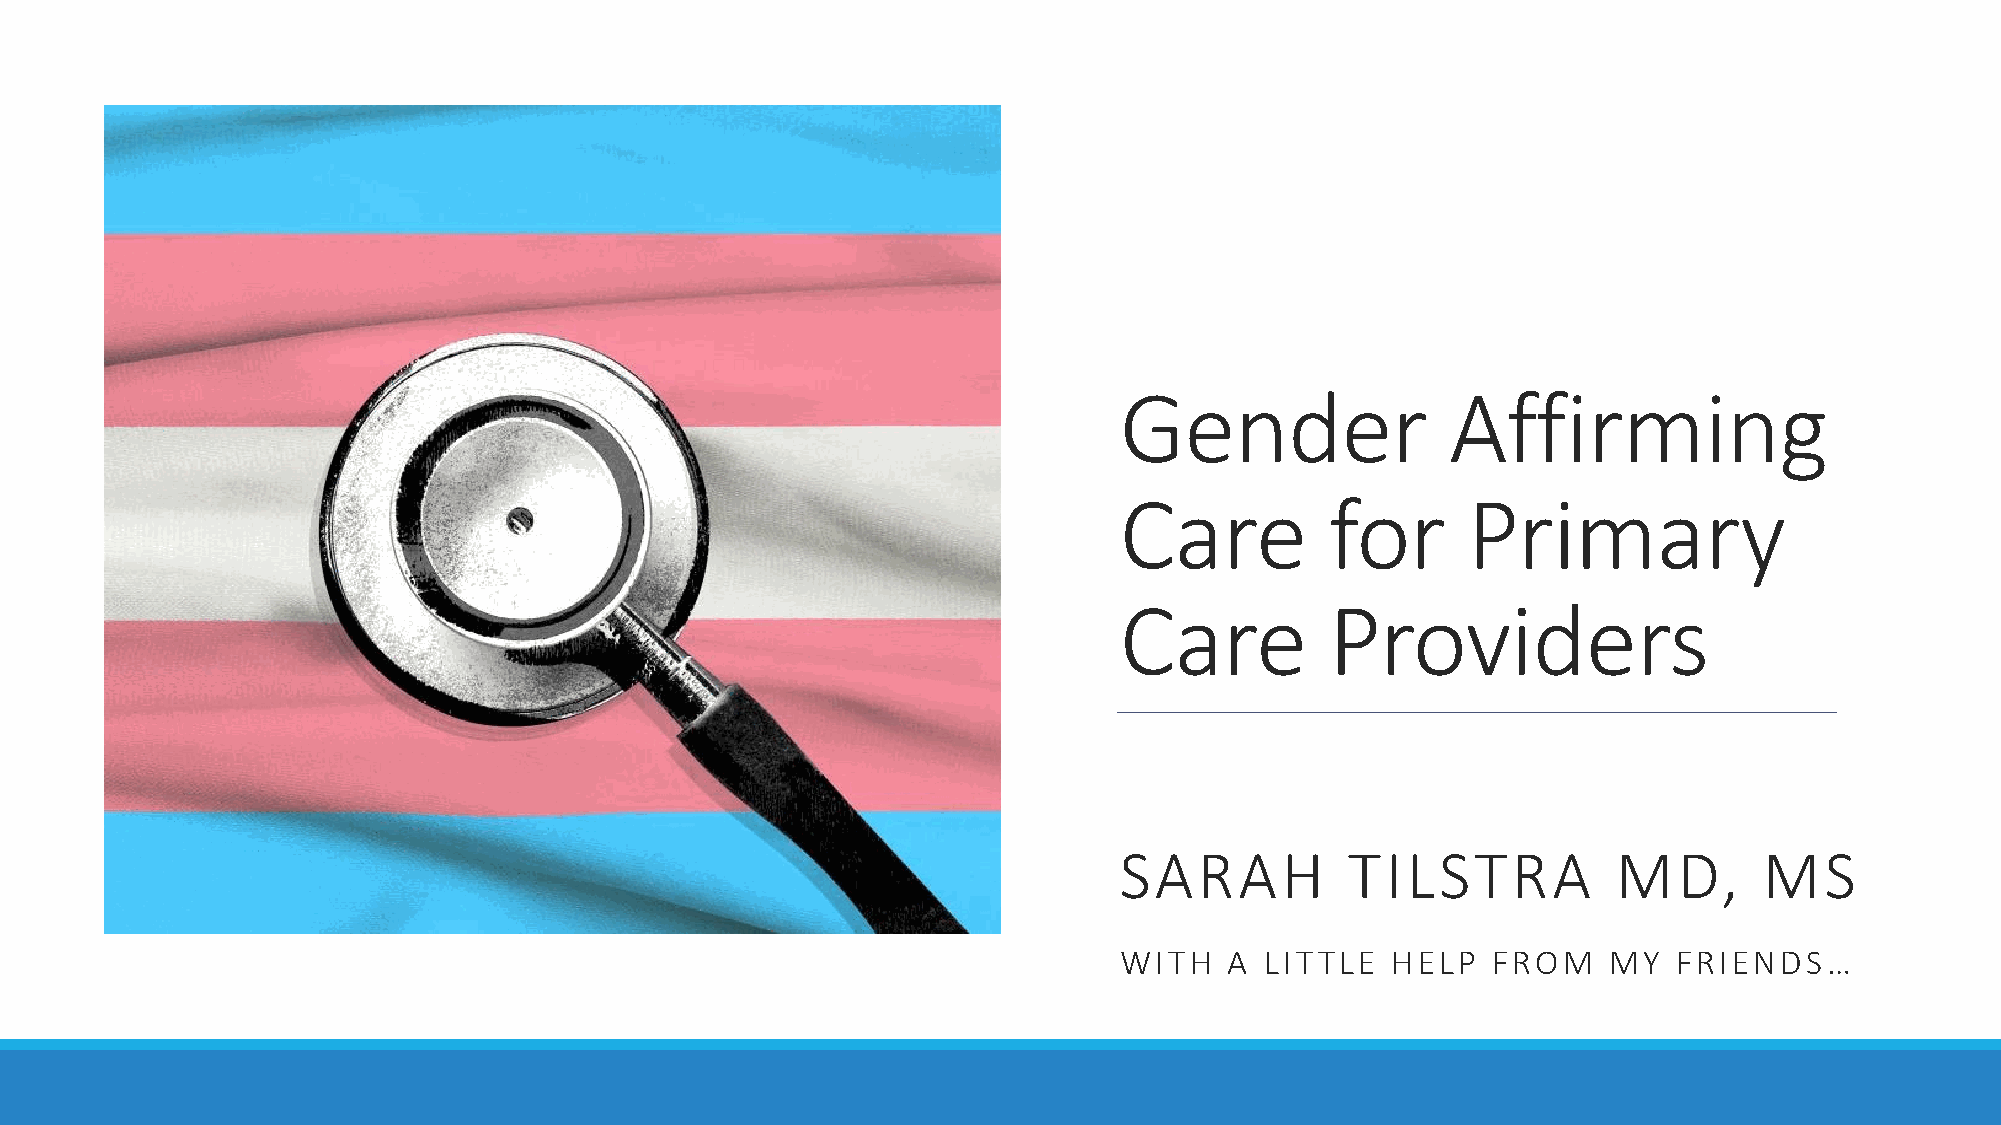
Gender                Affirming
 Care          for      Primary
 Care          Providers
 SARAH          TILSTRA           MD,       MS
 WITH   A  LITTLE  HELP   FROM   MY   FRIENDS…